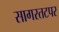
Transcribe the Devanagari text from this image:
सागरतटपर